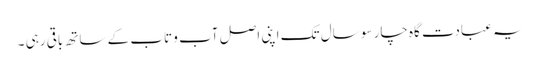
یہ عبادت گاہ چار سو سال تک اپنی اصل آب و تاب کے ساتھ باقی رہی ۔